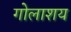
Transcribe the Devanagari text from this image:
गोलाशय